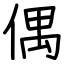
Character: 偶